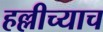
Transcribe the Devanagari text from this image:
हल्लीच्याच